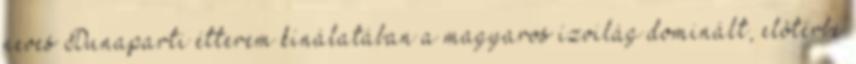
neves Dunaparti étterem kínálatában a magyaros ízvilág dominált, elôtérbe